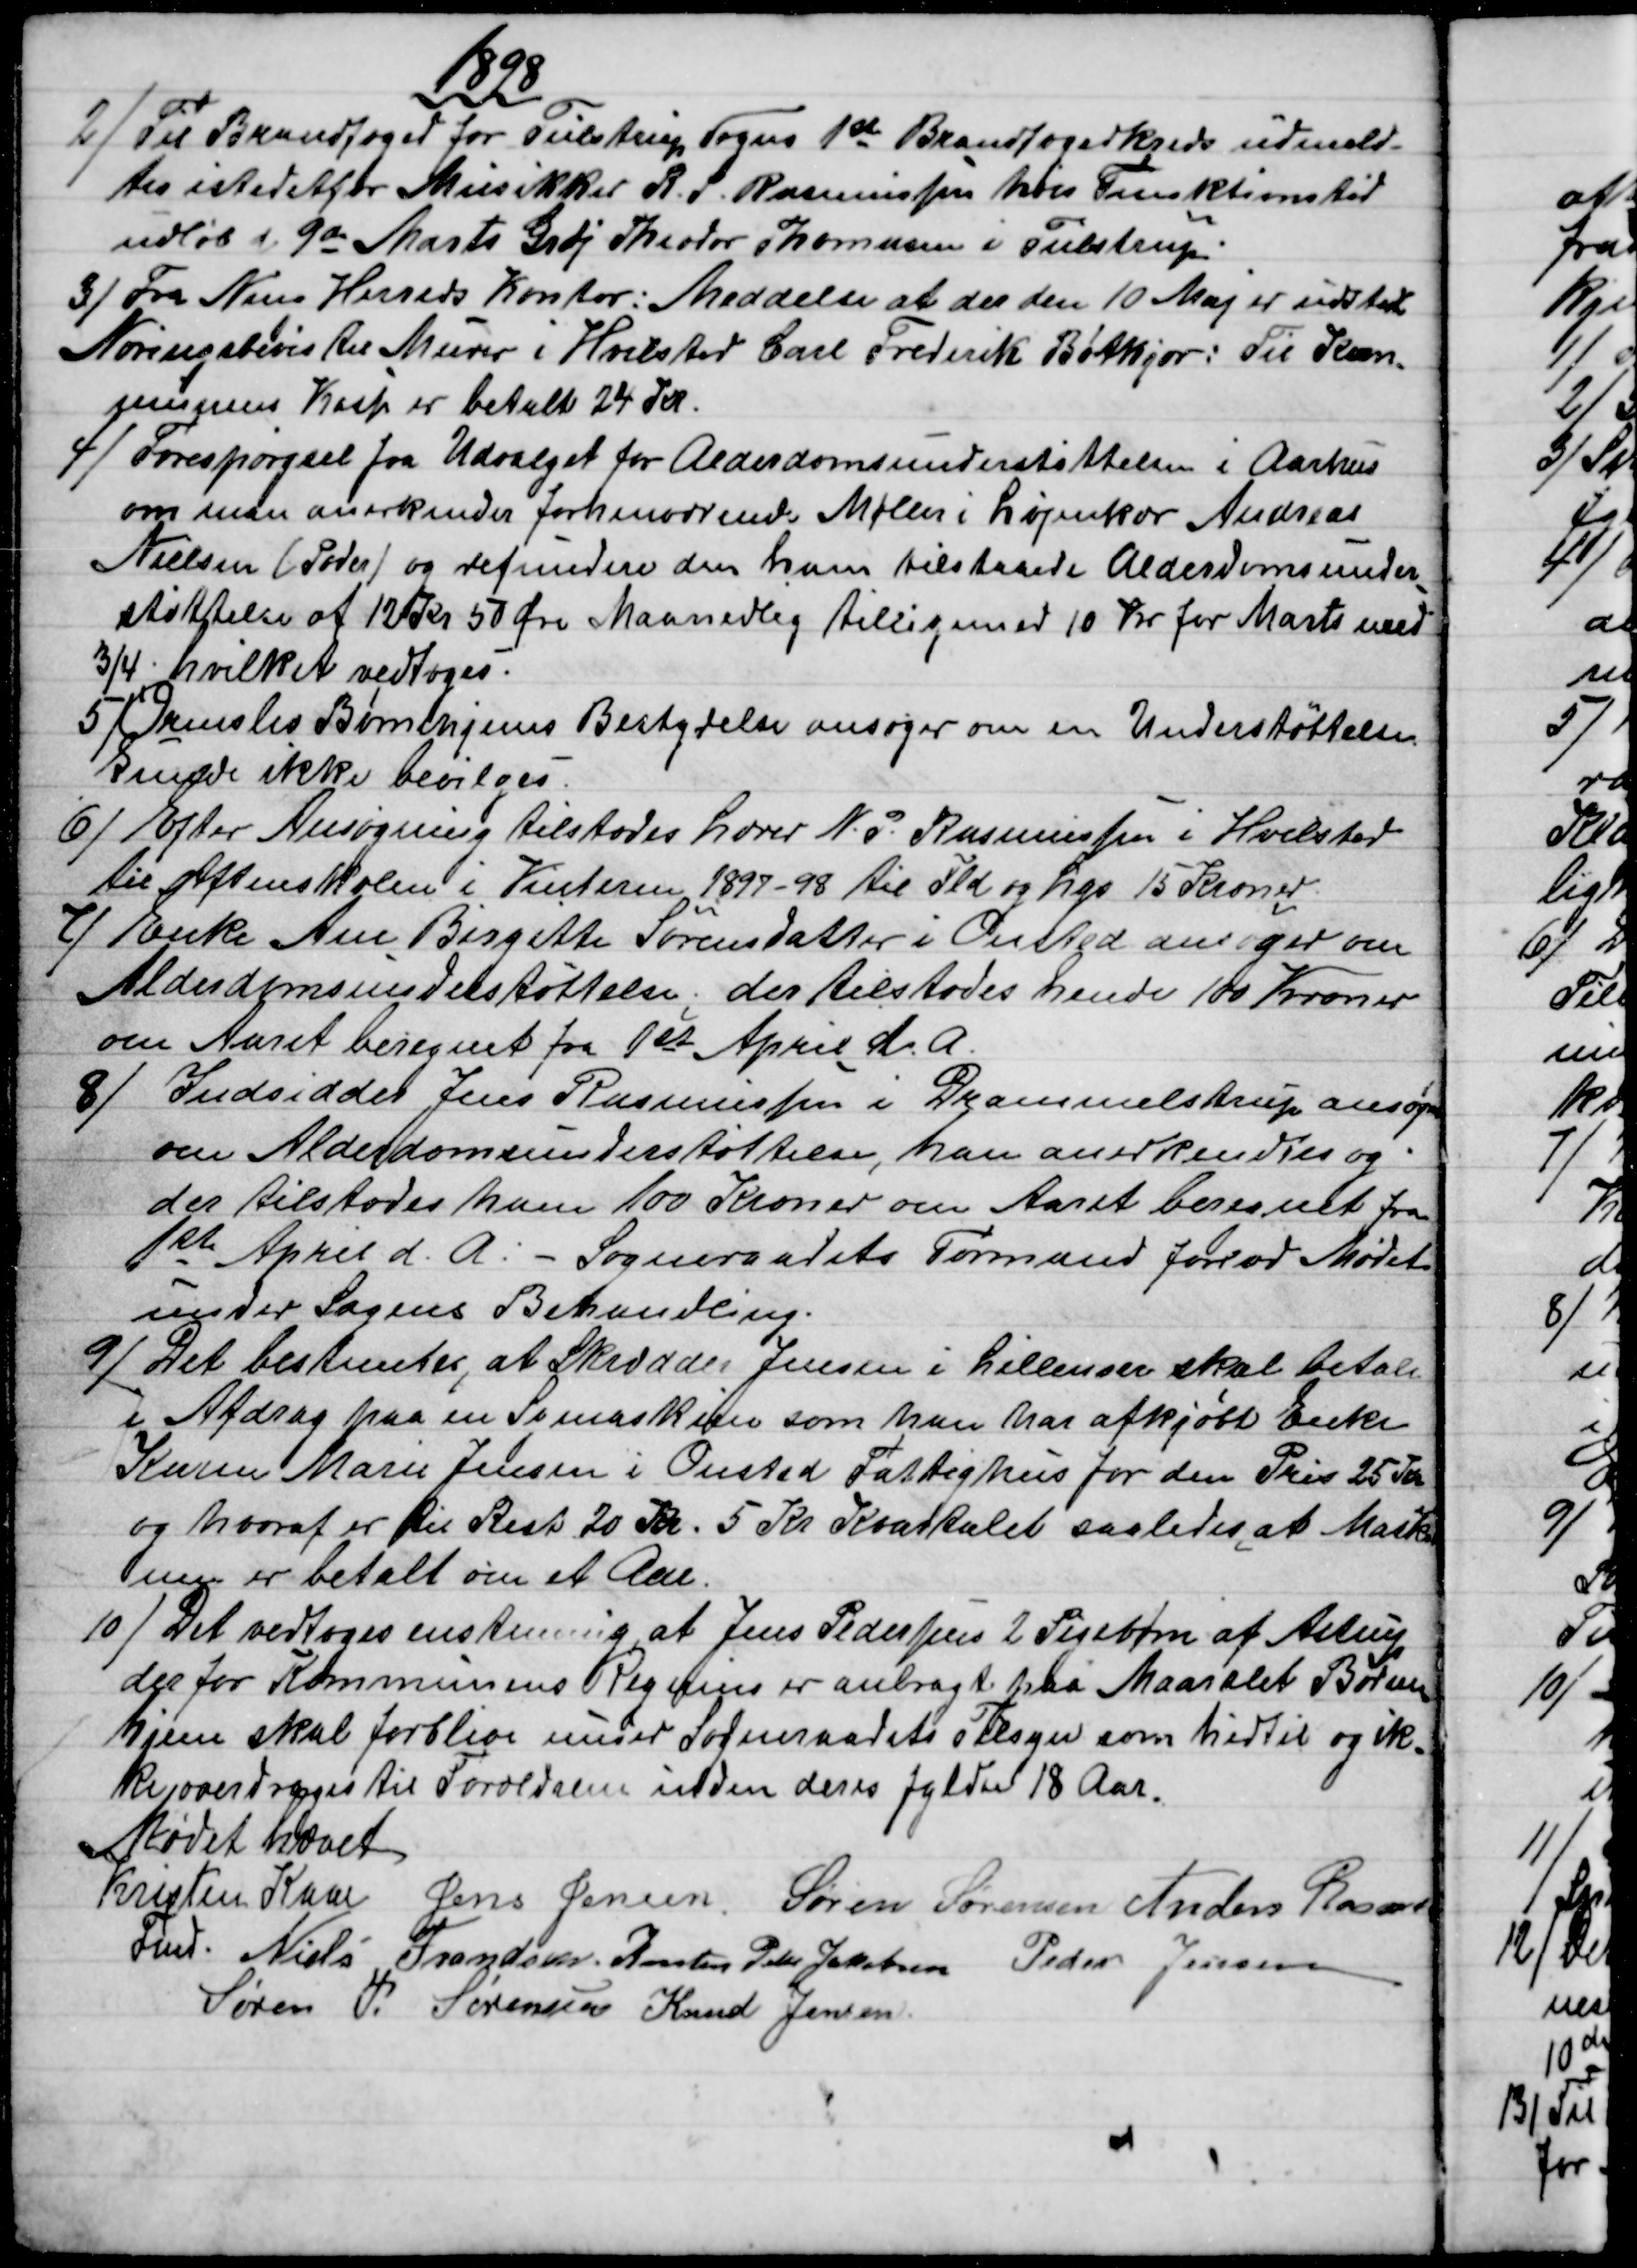
Transskription:
1898
2)
Til Brandfoged for Tulstrup Sogns 1st Brandfogedkreds udmeld-
tes istedetfor Musikker R. P. Rasmussen hvis Funktionstid
udløb d 9de Marts Grdj Theodor Thomasen i Tulstrup.
3) 
Fra Ning Herreds Kontor: Meddelse at der den 10 Maj er udstedt
Næringsbevis til Murer i Hvilsted Carl Frederik Bøtkjær: Til Kom-
munens Kasse er betalt 24 Kr.
4) 
Forespørgsel fra Udvalget for Alderdomsunderstøttelsen i Aarhus
om man anerkender forhenværende Møller i Løjenkær Andreas
Nielsen (Peder) og refundere den ham tilstaaede Alderdomsunder
-
støttelse af 12 Kr 50 Øre Maanedlig tilligemed 10 Kr for Marts med
¾. hvilket vedtoges.
5)
Ormslev Børnehjems Bestyrelse ansøger om en Understøttelse.
Kunde ikke bevilges.
6) 
Efter Ansøgning tilstodes Lærer N. P. Rasmussen i Hvilsted
til Aftenskolen i Vinteren 1897-98 til Ild og Lys 15 Kroner
7)
Enke Ane Birgitte Sørensdatter i Onsted ansøger om
Alderdomsunderstøttelse; der tilstodes hende 100 Kroner
om Aaret beregnet fra 1st April d. A.
8) 
Indsidder Jens Rasmussen i Drammelstrup ansøger
om Alderdomsunderstøttelse, han anerkendtes og
der tilstodes ham 100 Kroner om Aaret beregnet fra
1st April d. A. - Sogneraadets Formand forlod Mødet
under Sagens Behandling.
9) 
Det bestemtes, at Skrædder Jensen i Lillenoer skal betale
i Afdrag paa en Symaskine som han har afkjøbt Enke
Karen Marie Jensen i Onsted Fattighus for den Pris 25 Kr
og hvoraf er til Rest 20 Kr. 5 Kr Kvartalet saaledes at Maski
nen er betalt om et Aar.
10)
Det vedtoges enstemmig, at Jens Pedersens 2 Pigebørn af Astrup
der for Kommunens Regning er anbragt paa Maarslet Børne-
hjem skal forblive under Sogneraadets Tilsyn som hidtil og ik
=
ke overdrages til Forældrene inden deres fyldte 18 Aar.
Mødet hævet
Kristen Kaae
Fmd.
Jens Jensen  Søren Sørensen  Anders Rasmus
Niels Frandsen Kresten Peder Jakobsen  Peder Jensen
Søren P. Sørensen  Knud Jensen